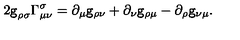
2 { \tt g } _ { \rho \sigma } \Gamma _ { \mu \nu } ^ { \sigma } = \partial _ { \mu } { \tt g } _ { \rho \nu } + \partial _ { \nu } { \tt g } _ { \rho \mu } - \partial _ { \rho } { \tt g } _ { \nu \mu } .